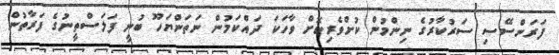
ފަރަންސޭސި ސަރުކާރުގެ ނިންމުން ކުށްވެރިކޮށް ވާހަކަ ދައްކަމުން ނަތަންޔަހޫ ބުނީ ފަލަސްތީނުގެ ފަރާތުން